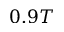
0 . 9 T